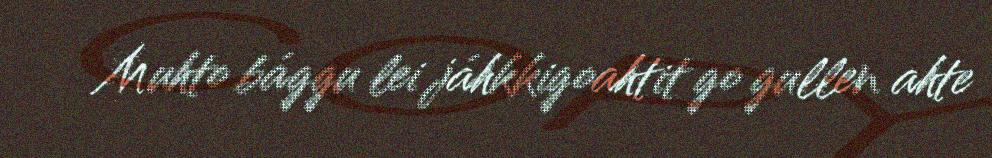
Muhto bággu lei jáhkkigoahtit go gullen ahte